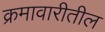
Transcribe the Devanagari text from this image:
क्रमावारीतील